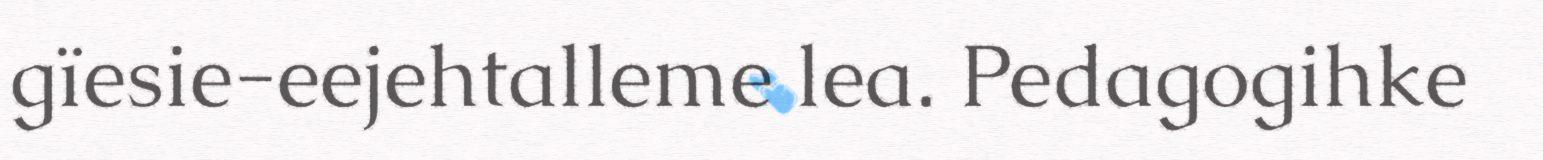
gïesie-eejehtalleme lea. Pedagogihke